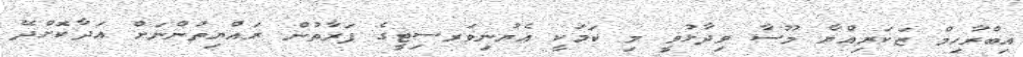
އިބްރާހިމް ޒަކަރިއްޔާ މޫސާ ވިދާޅުވީ މި ކަމަކީ އެޔުނިވަރސިޓީގެ ފަރާތުން ރައްޔިތުންނަށް އަދާކޮށްދޭ